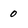
Character: 0